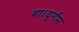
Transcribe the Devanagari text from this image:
था।दुर्गम